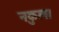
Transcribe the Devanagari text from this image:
नकुल।